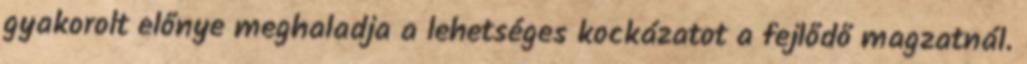
gyakorolt előnye meghaladja a lehetséges kockázatot a fejlődő magzatnál.